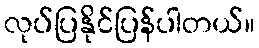
လုပ်ပြနိုင်ပြန်ပါတယ်။